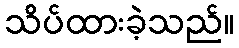
သိပ်ထားခဲ့သည်။